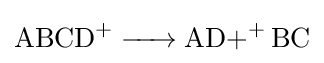
{\ce {ABCD+ -> {AD+}+ BC}}